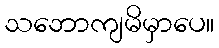
သဘောကျမိမှာပေ။